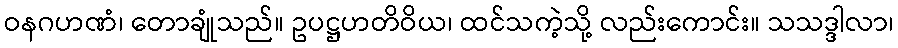
ဝနဂဟဏံ၊ တောချုံသည်။ ဥပဋ္ဌဟတိဝိယ၊ ထင်သကဲ့သို့ လည်းကောင်း။ သသဒ္ဒါလာ၊